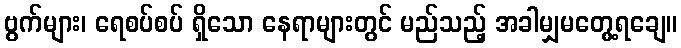
ဗွက်များ၊ ရေစပ်စပ် ရှိသော နေရာများတွင် မည်သည့် အခါမျှမတွေ့ရချေ။